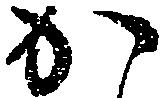
か